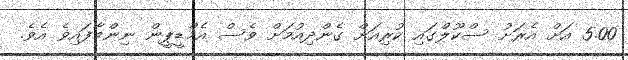
5.00 އަށް އެރަށު ސްކޫލްގައި ކުރިއަށް ގެންދިއުމަށް ވެސް އެމްޑީޕީން ނިންމާފައިވެ އެވެ.